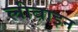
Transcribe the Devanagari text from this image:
लीवाइन